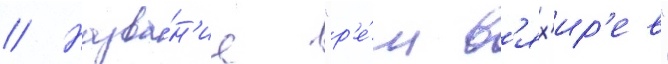
// Назва́н'ие "р'е́м в'ях'ир'ев"